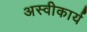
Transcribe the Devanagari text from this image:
अस्‍वीकार्य